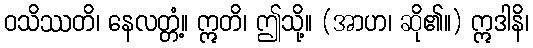
ဝသိဿတိ၊ နေလတ္တံ့။ ဣတိ၊ ဤသို့။ (အာဟ၊ ဆို၏။) ဣဒါနိ၊